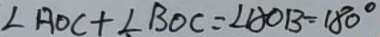
\angle A O C + \angle B O C = \angle A O B = 1 8 0 ^ { \circ }